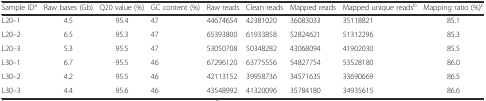
<table><thead><tr><td><b>Sample ID<sup>a</sup></b></td><td><b>Raw bases (Gb)</b></td><td><b>Q20 value (%)</b></td><td><b>GC content (%)</b></td><td><b>Raw reads</b></td><td><b>Clean reads</b></td><td><b>Mapped reads</b></td><td><b>Mapped unique reads<sup>b</sup></b></td><td><b>Mapping ratio (%)<sup>c</sup></b></td></tr></thead><tbody><tr><td>L20–1</td><td>4.5</td><td>95.4</td><td>47</td><td>44674654</td><td>42381020</td><td>36083033</td><td>35118821</td><td>85.1</td></tr><tr><td>L20–2</td><td>6.5</td><td>95.3</td><td>47</td><td>65393800</td><td>61933858</td><td>52824621</td><td>51312296</td><td>85.3</td></tr><tr><td>L20–3</td><td>5.3</td><td>95.5</td><td>47</td><td>53050708</td><td>50348282</td><td>43068094</td><td>41902030</td><td>85.5</td></tr><tr><td>L30–1</td><td>6.7</td><td>95.5</td><td>46</td><td>67296120</td><td>63775556</td><td>54827754</td><td>53528180</td><td>86.0</td></tr><tr><td>L30–2</td><td>4.2</td><td>95.5</td><td>46</td><td>42113152</td><td>39958736</td><td>34571635</td><td>33690669</td><td>86.5</td></tr><tr><td>L30–3</td><td>4.4</td><td>95.6</td><td>46</td><td>43548992</td><td>41320096</td><td>35784180</td><td>34935615</td><td>86.6</td></tr></tbody></table>